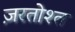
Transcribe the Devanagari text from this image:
ज़रतोश्त